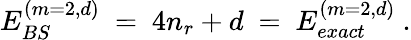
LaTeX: E_{BS}^{(m=2,d)}\ =\ 4n_{r}+d\ =\ E_{exact}^{(m=2,d)}\ .